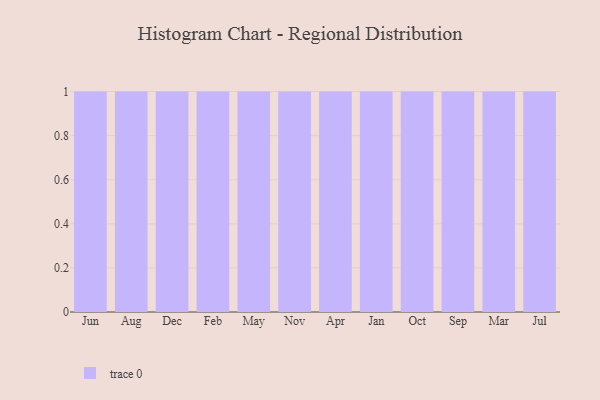
{"axis": {"x": "Month", "y": "Conversion Rate (%)"}, "legend": [""], "data": [{"x": "Jun", "y": 34, "type": ""}, {"x": "Aug", "y": 69, "type": ""}, {"x": "Dec", "y": 90, "type": ""}, {"x": "Feb", "y": 67, "type": ""}, {"x": "May", "y": 58, "type": ""}, {"x": "Nov", "y": 1, "type": ""}, {"x": "Apr", "y": 51, "type": ""}, {"x": "Jan", "y": 90, "type": ""}, {"x": "Oct", "y": 79, "type": ""}, {"x": "Sep", "y": 83, "type": ""}, {"x": "Mar", "y": 100, "type": ""}, {"x": "Jul", "y": 13, "type": ""}]}